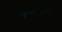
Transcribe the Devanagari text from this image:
मुमरेजपुर